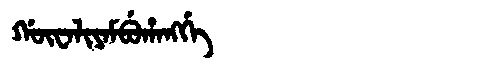
Manchu: ᡤᡡᠸᠠᠯᡳᠶᠠᠮᠪᡠᡥᠠᠩᡤᡝ
Romanization: GŪWALIYAMBUHANGGE